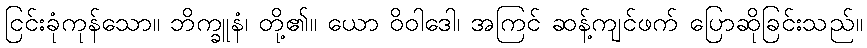
ငြင်းခုံကုန်သော။ ဘိက္ခူနံ၊ တို့၏။ ယော ဝိဝါဒေါ၊ အကြင် ဆန့်ကျင်ဖက် ပြောဆိုခြင်းသည်။